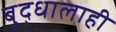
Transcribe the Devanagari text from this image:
बुद्धालाही